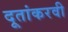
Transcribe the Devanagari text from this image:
दूतांकरवी